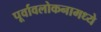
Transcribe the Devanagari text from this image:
पूर्वावलोकनामध्ये